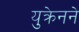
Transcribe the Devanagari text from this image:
युक्रेनने